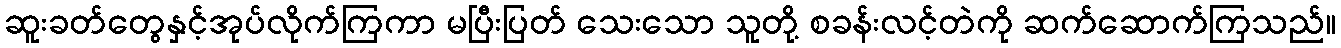
ဆူးခတ်တွေနှင့်အုပ်လိုက်ကြကာ မပြီးပြတ် သေးသော သူတို့ စခန်းလင့်တဲကို ဆက်ဆောက်ကြသည်။